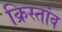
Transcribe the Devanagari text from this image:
क्रिस्तांव